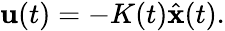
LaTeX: {\mathbf{u}}(t)=-K(t){\hat{\mathbf{x}}}(t).